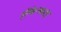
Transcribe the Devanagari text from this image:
हरिकेन्सकडून